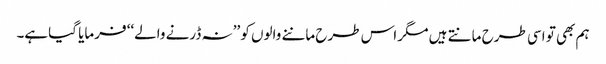
ہم بھی تو اسی طرح مانتے ہیں مگر اس طرح ماننے والوں کو ’’نہ ڈرنے والے‘‘ فرمایا گیاہے۔